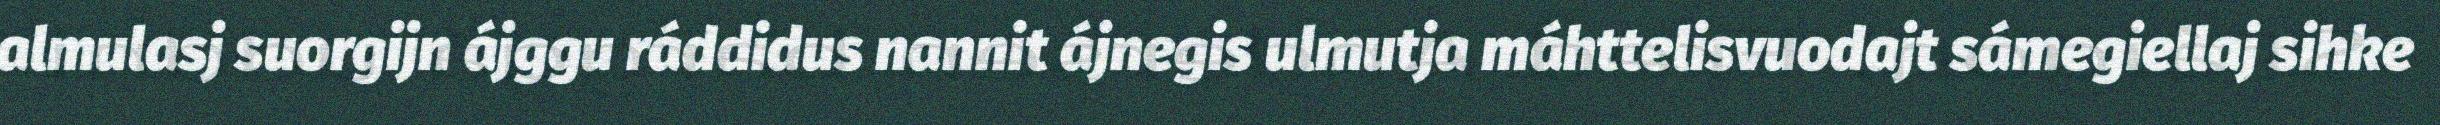
almulasj suorgijn ájggu ráddidus nannit ájnegis ulmutja máhttelisvuodajt sámegiellaj sihke